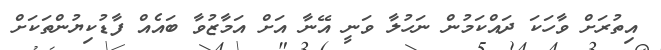
އިތުރަށް ވާހަކަ ދައްކަމުން ނަހުލާ ވަނީ އޭނާ އަށް އަމާޒުވާ ބައެއް ފާޑުކިޔުންތަކަށް